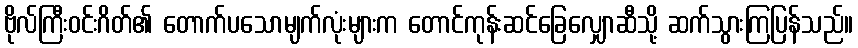
ဗိုလ်ကြီးဝင်းဂိတ်၏ တောက်ပသောမျက်လုံးများက တောင်ကုန်းဆင်ခြေလျှောဆီသို့ ဆက်သွားကြပြန်သည်။